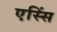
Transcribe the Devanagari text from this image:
एस्सिं